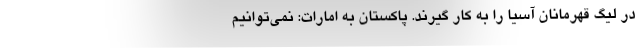
در لیگ قهرمانان آسیا را به کار گیرند. پاکستان به امارات: نمی‌توانیم